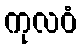
ကုလဝံ